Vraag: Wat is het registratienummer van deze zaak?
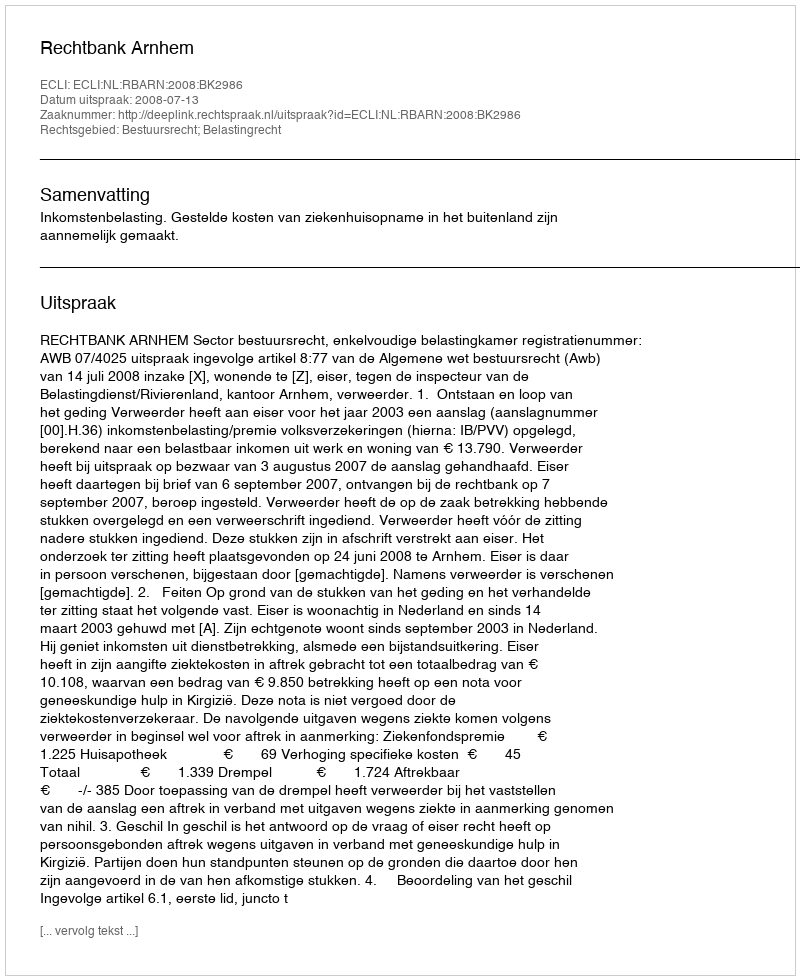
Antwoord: http://deeplink.rechtspraak.nl/uitspraak?id=ECLI:NL:RBARN:2008:BK2986